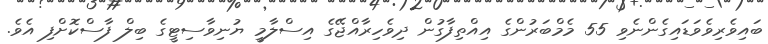
ބައިވެރިވެވަޑައިގެންނެވި 55 މެމްބަރުންގެ އިއްތިފާގުން ދިވެހިރާއްޖޭގެ އިސްލާމީ ޔުނިވާސިޓީގެ ބިލް ފާސްކޮށްފި އެވެ.